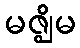
မဇ္ဈိမ